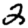
Digit: 2